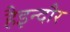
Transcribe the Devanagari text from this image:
हैइन्दौर